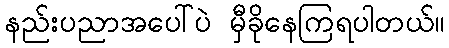
နည်းပညာအပေါ်ပဲ မှီခိုနေကြရပါတယ်။